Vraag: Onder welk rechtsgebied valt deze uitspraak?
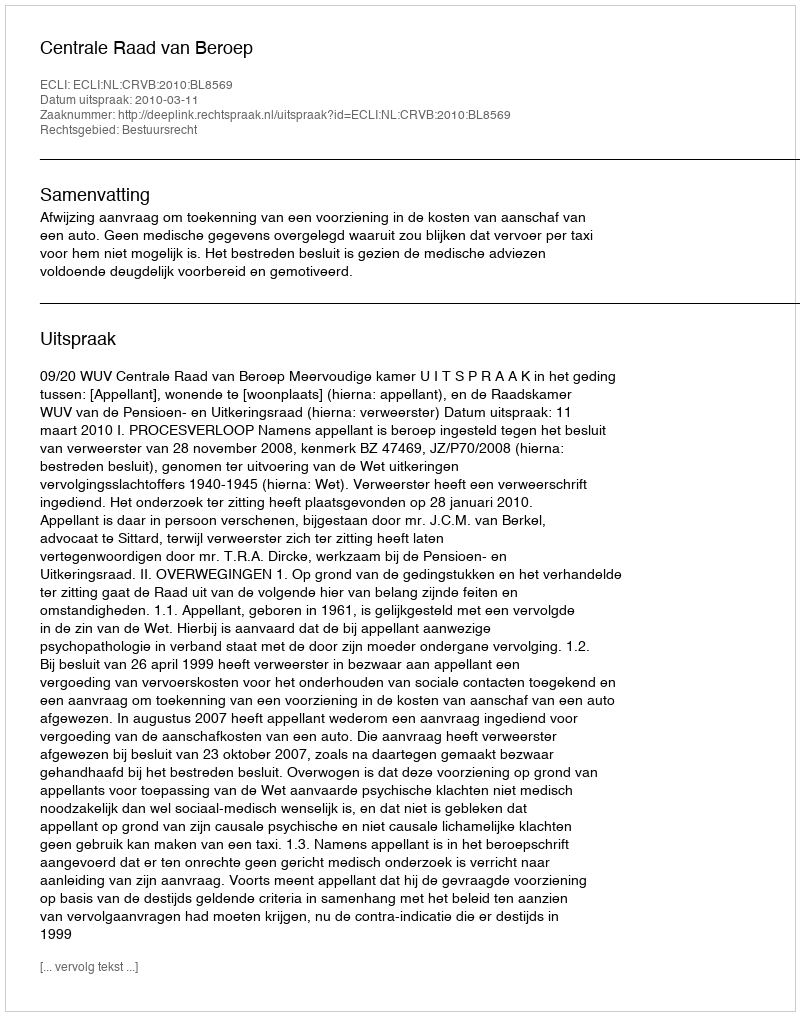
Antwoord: Bestuursrecht